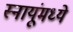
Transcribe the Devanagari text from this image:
स्नायूंमध्ये